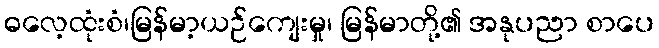
ဓလေ့ထုံးစံ၊မြန်မာ့ယဉ်ကျေးမှု၊ မြန်မာတို့၏ အနုပညာ စာပေ